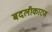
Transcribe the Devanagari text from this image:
बदलीकारण